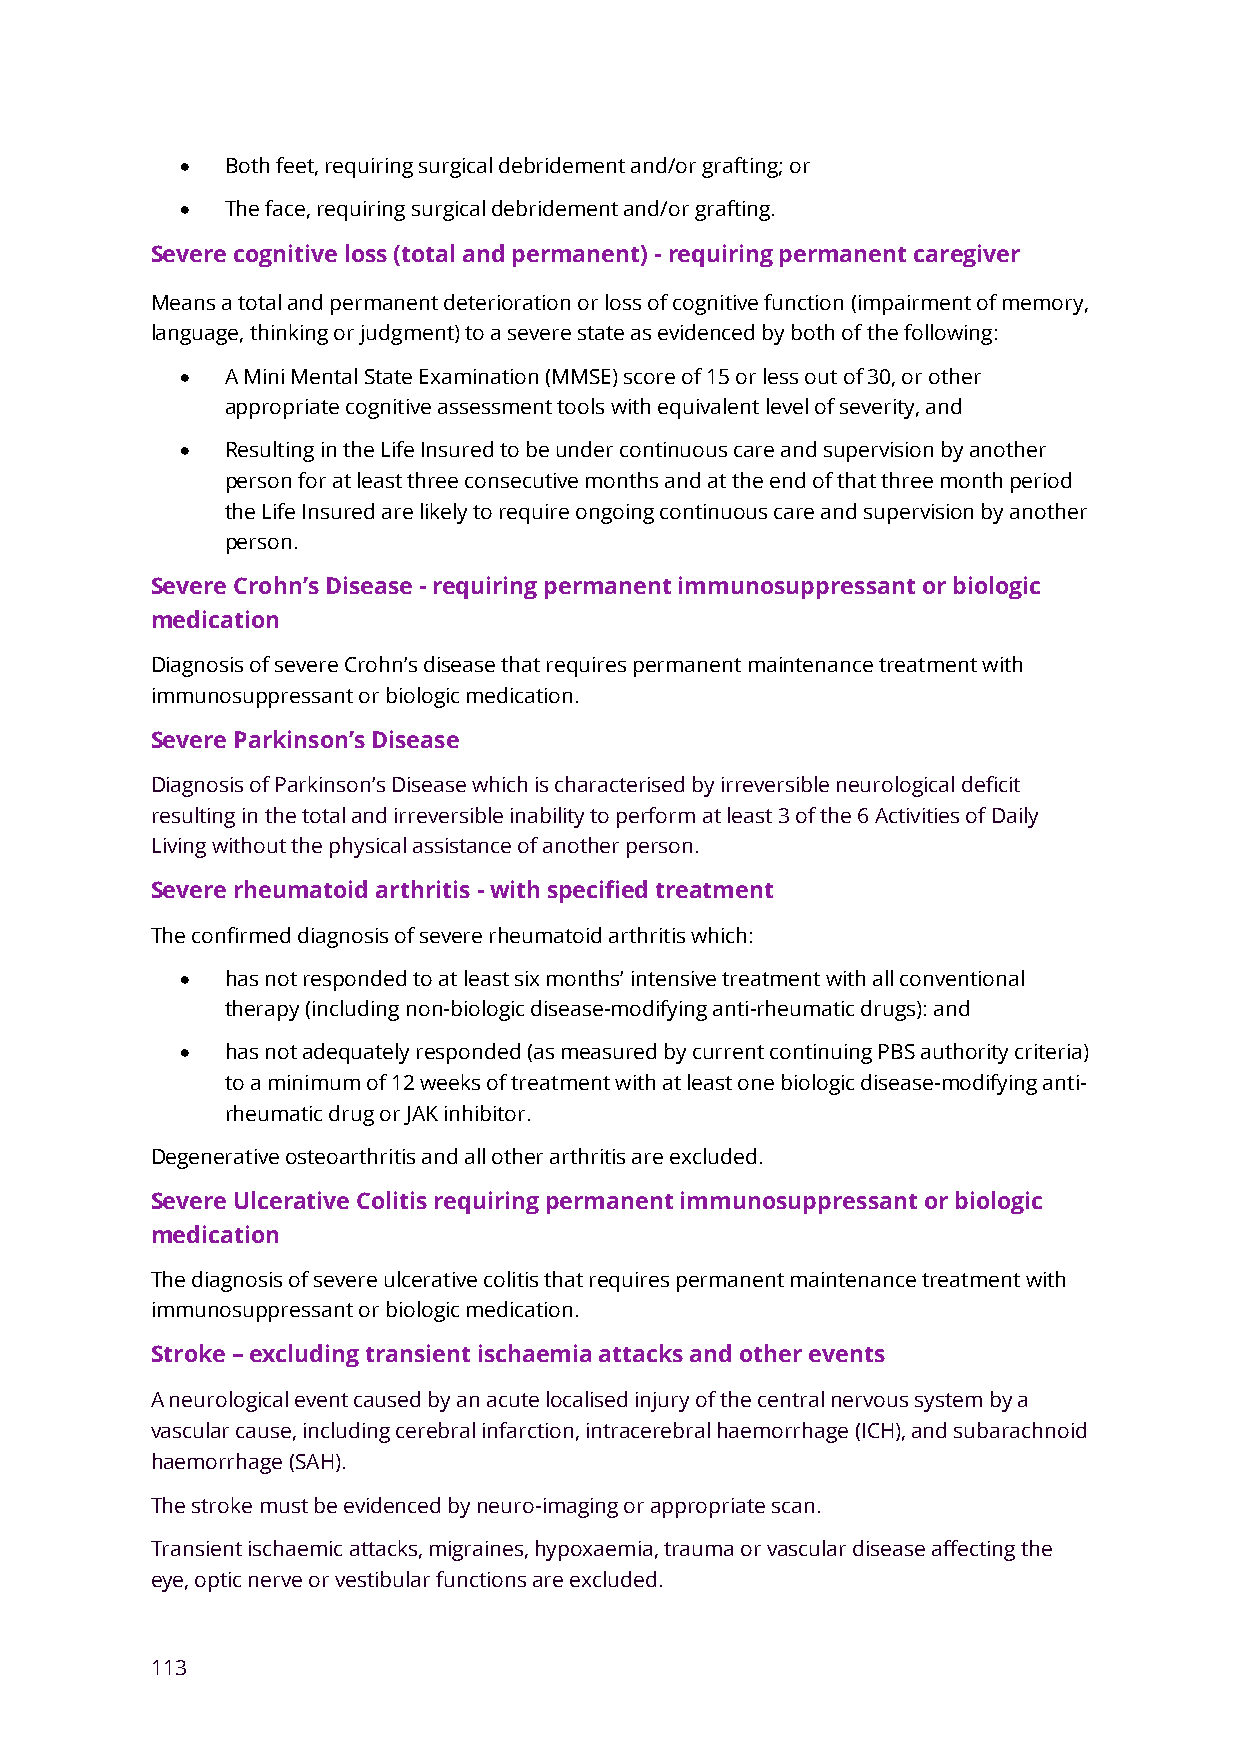
•  Both feet, requiring surgical debridement and/or grafting; or
 •  The face, requiring surgical debridement and/or grafting.
 Severe cognitive loss (total and permanent) - requiring permanent caregiver
 Means a total and permanent deterioration or loss of cognitive function (impairment of memory,
 language, thinking or judgment) to a severe state as evidenced by both of the following:
 •  A Mini Mental State Examination (MMSE) score of 15 or less out of 30, or other
 appropriate cognitive assessment tools with equivalent level of severity, and
 •  Resulting in the Life Insured to be under continuous care and supervision by another
 person for at least three consecutive months and at the end of that three month period
 the Life Insured are likely to require ongoing continuous care and supervision by another
 person.
 Severe Crohn’s Disease - requiring permanent immunosuppressant or biologic
 medication
 Diagnosis of severe Crohn’s disease that requires permanent maintenance treatment with
 immunosuppressant or biologic medication.
 Severe Parkinson’s Disease
 Diagnosis of Parkinson’s Disease which is characterised by irreversible neurological deficit
 resulting in the total and irreversible inability to perform at least 3 of the 6 Activities of Daily
 Living without the physical assistance of another person.
 Severe rheumatoid arthritis - with specified treatment
 The confirmed diagnosis of severe rheumatoid arthritis which:
 •  has not responded to at least six months’ intensive treatment with all conventional
 therapy (including non-biologic disease-modifying anti-rheumatic drugs): and
 •  has not adequately responded (as measured by current continuing PBS authority criteria)
 to a minimum of 12 weeks of treatment with at least one biologic disease-modifying anti-
 rheumatic drug or JAK inhibitor.
 Degenerative osteoarthritis and all other arthritis are excluded.
 Severe Ulcerative Colitis requiring permanent immunosuppressant or biologic
 medication
 The diagnosis of severe ulcerative colitis that requires permanent maintenance treatment with
 immunosuppressant or biologic medication.
 Stroke – excluding transient ischaemia attacks and other events
 A neurological event caused by an acute localised injury of the central nervous system by a
 vascular cause, including cerebral infarction, intracerebral haemorrhage (ICH), and subarachnoid
 haemorrhage (SAH).
 The stroke must be evidenced by neuro-imaging or appropriate scan.
 Transient ischaemic attacks, migraines, hypoxaemia, trauma or vascular disease affecting the
 eye, optic nerve or vestibular functions are excluded.
 113